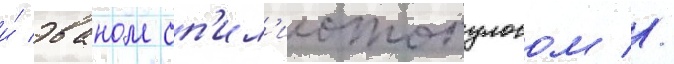
и́ эваном сп'ил'иотопулосом //